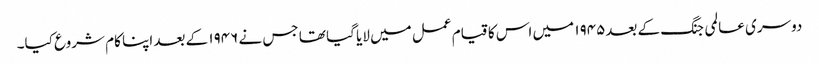
دوسری عالمی جنگ کے بعد۱۹۴۵ میں اس کا قیام عمل میں لایا گیا تھا جس نے ۱۹۴۶ کے بعد اپنا کام شروع کیا۔